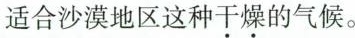
适合沙漠地区这种\underset{·}{干}\underset{·}{燥}的气候。